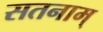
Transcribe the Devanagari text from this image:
सतनाम्